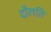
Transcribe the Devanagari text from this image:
दौलति